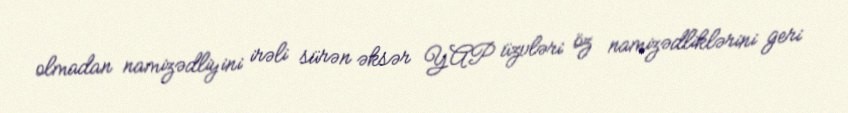
olmadan namizədliyini irəli sürən əksər YAP üzvləri öz namizədliklərini geri